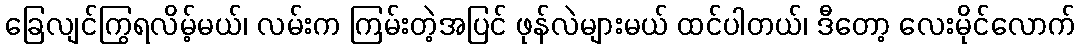
ခြေလျင်ကြွရလိမ့်မယ်၊ လမ်းက ကြမ်းတဲ့အပြင် ဖုန်လဲများမယ် ထင်ပါတယ်၊ ဒီတော့ လေးမိုင်လောက်